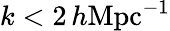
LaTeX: k<2\, h\textrm{Mpc}{^{-1}}